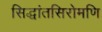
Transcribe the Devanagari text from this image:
सिद्धांतसिरोमणि